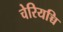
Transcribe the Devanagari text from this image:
चेरियच्चि